Report on malaria in the Punjab during the year ...  together with an account of the work of the Punjab Malaria Bureau - Volume 6
Disease focus: Malaria
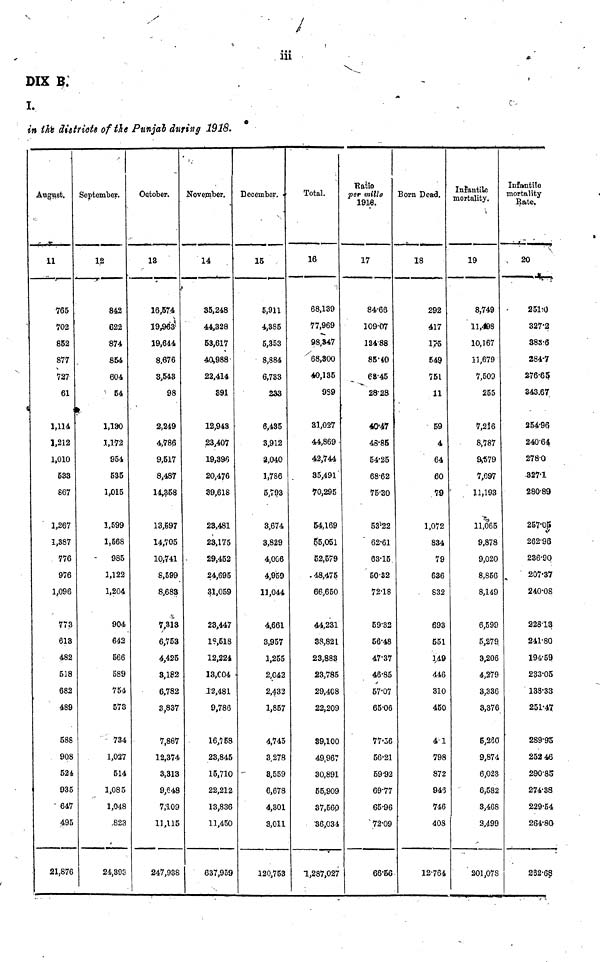
DXX 9.
I.
in tfo districts of the Punjah during 1918.
August.
11
765
702
852
877
727
61
1,114
1,212
1,010
533
867
1,267
1,387
776
976
1,096
773
613
482
518
682
489
588
9Q8
524,
935
647
495
21,876
September.
1.2
842
622
874
854
604
54
1,130
1,172
954
535
1,015
1,599
1,568
985
1,122
1,204
904
642
566
589
754
57S
734
1,027
514
1,085
1,048
,823
24,393
October.
13
16,574
19,963?-
19,644
8,676
3,543
98
2,249
4,786
9,517
8,487
14,358
13,§97
14,705
10,741
8,599
8,683
7,318
6,753
4,425
3,182
6,782
3,837
7,867
12,374
3,313
9,648
7,109
11,115
247,938
November.
14
35,248
44,328
53,617
40,988
22,414
891
12,943
23,407
19,39J5
20,476
39,618
23,481
23,175
29,452
24,695
31,059
23,447
19,618
12,224
13,C04
.12,481
9,786
16,758
23,845
15,710
22,212
13,836
11,450
637,959
December. <
15
5,911
4,385
5,353
8,884
6,733
233
6,435
3,912
2,040
1,786
5,793
3,674
3,829
4,006
4,959
11,044
4,661
3,957
1,255
2,042
2,432
1,857
4,745
3.278
8,559
6,678
4,301
3,011
120,753
Total.
16
68,139
77,969
98,847
'^.SOO
40,135
9S9
31,027
44,869
42,744
35,491'
70,295
54,169
5/5,051
52,579
. 46,475
66,650
44,231
33,821
23,883
23,785
29,408
22,209
89,100
49,967
30,891
55,909
37,560
36,034
1,287,027
Katto
per mille
1916.
17
84-66
109-07
184-88
85-10
68-45
28-28
«J'47
43-85
54-25
68-62
75-30
53*22
62-61
63-15
5032
72-18
59-32
56-48
47-37
46-85
57-07
65-06
77-56
56-21
59-92
69-77
65-96
* 72-09
66-6€
Born Dead.
18
292
417
175
549
751
11
59
4
64
60
79
1,072
834
79
636
. 832
69
55
1>
44
31
450
41
798
872
946
746
40S
12-764
Infantile
mortality.
Infantile
mortality
Bate.
19
8,749
11,498
10,167
11,679
7,500
255
7,216
8,787
9^79
7,G97
11,193
11,065
9,878
9,020
8,856
8,149
6,599
5,279
3,206
4,279
3,336
3,376
5,260
9,874
6,023
6,582
3,468
2,499
' 201,078
20
*r->
251rO
327-2
383-6
284-7
276-65
343.67
254-96
240-64
278-0
-327-1
280-89
257'0£
262-95
236-90
207*37
240-08
228-13
241-80
194-59
233-05
138-33
251-47
289-95
252 46
290-85
274-38
229-54
264'8O
282-68